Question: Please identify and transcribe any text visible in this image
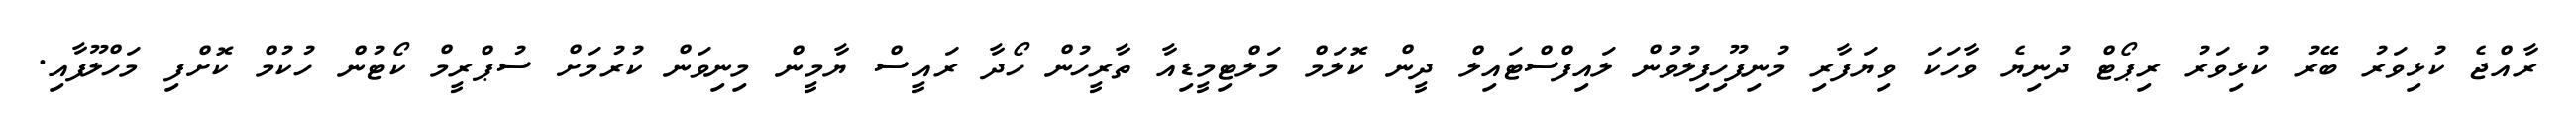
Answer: ރާއްޖެ ކުޅިވަރު ބޭރު ކުޅިވަރު ރިޕޯޓް ދުނިޔެ ވާހަކަ ވިޔަފާރި މުނިފޫހިފިލުވުން ލައިފްސްޓައިލް ދީން ކޮލަމް މަލްޓިމީޑިއާ ތާރީހުން ހޯދާ ރައީސް ޔާމީން މިނިވަން ކުރުމަށް ސުޕްރީމް ކޯޓުން ހުކުމް ކޮށްފި މަހްލޫފާއި.